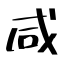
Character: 咸